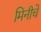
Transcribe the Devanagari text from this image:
मिनीचे